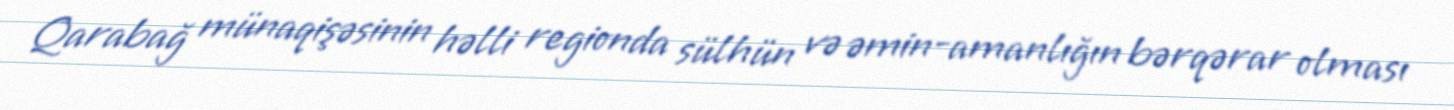
Qarabağ münaqişəsinin həlli regionda sülhün və əmin-amanlığın bərqərar olması